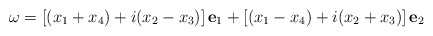
\begin{align*}\omega=\left[(x_1+x_4)+i(x_2-x_3)\right]\textbf{e}_1+\left[(x_1-x_4)+i(x_2+x_3)\right]\textbf{e}_2\end{align*}